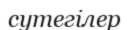
сутегілер